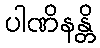
ပါဏိနန္တိ